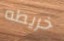
خريطه